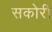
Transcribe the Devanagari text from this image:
सकोरी